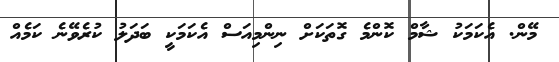
މޭން. އެކަމަކު ޝާމް ކޮންމެ ގޮތަކަށް ނިންމިއަސް އެކަމަކީ ބަދަލު ކުރެވޭނެ ކަމެއް